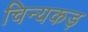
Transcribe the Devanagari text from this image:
चिन्यकड़